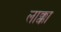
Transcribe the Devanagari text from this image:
लाक्का